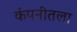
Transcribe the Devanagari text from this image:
कंपनीतला